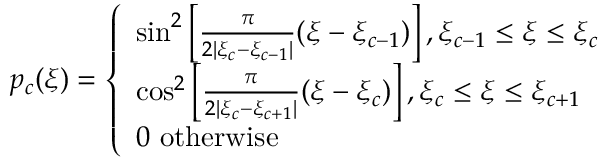
p _ { c } ( \xi ) = \left\{ \begin{array} { l l } { \sin ^ { 2 } \left[ \frac { \pi } { 2 | \xi _ { c } - \xi _ { c - 1 } | } ( \xi - \xi _ { c - 1 } ) \right] , \xi _ { c - 1 } \leq \xi \leq \xi _ { c } } \\ { \cos ^ { 2 } \left[ \frac { \pi } { 2 | \xi _ { c } - \xi _ { c + 1 } | } ( \xi - \xi _ { c } ) \right] , \xi _ { c } \leq \xi \leq \xi _ { c + 1 } } \\ { 0 \ \mathrm { o t h e r w i s e } } \end{array} \right.